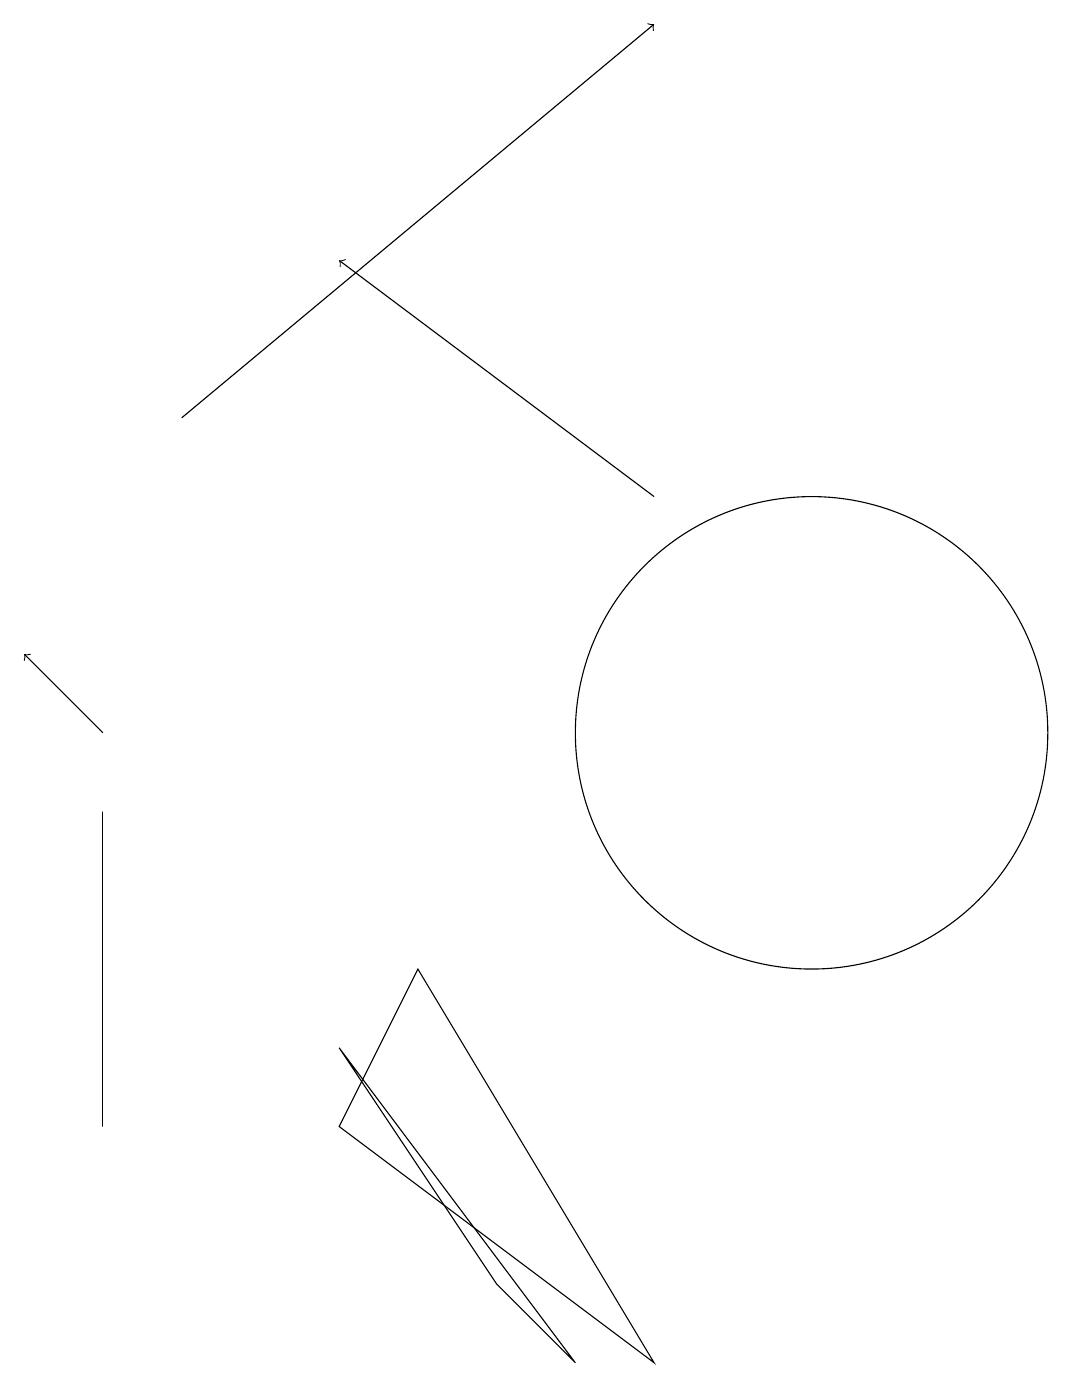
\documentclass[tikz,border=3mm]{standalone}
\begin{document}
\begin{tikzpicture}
\draw[->] (9,13) -- (5,16);
\draw[->] (3,14) -- (9,19);
\draw (2,9) -- (2,5) -- (2,7) -- cycle;
\draw (5,6) -- (8,2) -- (7,3) -- cycle;
\draw[->] (2,10) -- (1,11);
\draw (5,5) -- (6,7) -- (9,2) -- cycle;
\draw (11,10) circle (3);
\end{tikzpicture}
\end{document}